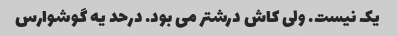
یک نیست. ولی کاش درشتر می بود. درحد یه گوشوارس